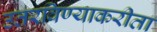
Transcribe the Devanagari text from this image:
उतरविण्याकरीता